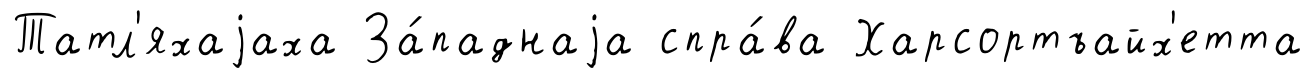
Татл'яхаjаха За́паднаjа спра́ва Харсортъайх'етта